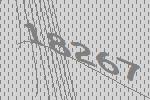
18267